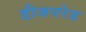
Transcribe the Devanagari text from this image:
डीजनरेड